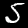
Digit: 5